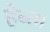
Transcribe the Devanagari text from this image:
हेब्त।